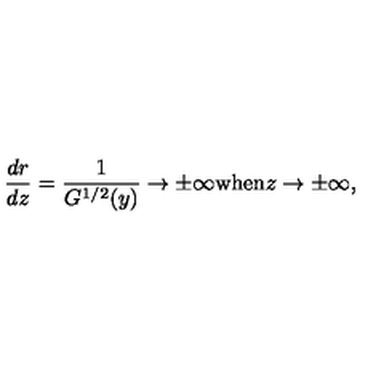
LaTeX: \frac { d r } { d z } = \frac { 1 } { G ^ { 1 / 2 } ( y ) } \to \pm \infty \mathrm { w h e n } z \to \pm \infty ,